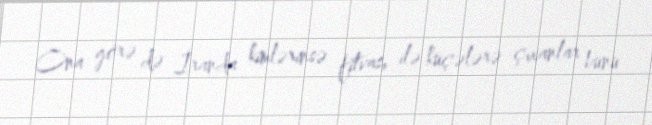
Ona görə də İranda kimlərinsə fitvası ilə küçələrə çıxanlar bunu